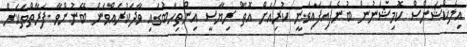
އިލެކްޝަންސް ކޮމިޝަނުން ބުނެފައިފައިވަނީ ކުރިއަށް އޮތް ރިޔާސީ އިންތިހާބުގައި ވާދަކުރައްވަން ބޭނުންވާ ފަރާތްތަކަށް